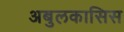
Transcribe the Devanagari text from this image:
अबुलकासिस